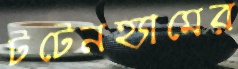
টটেনহ্যামের